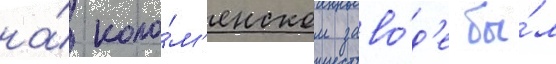
на́ коло́м'енском заво́д'е бы́л